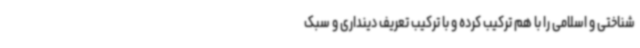
شناختی و اسلامی را با هم ترکیب کرده و با ترکیب تعریف دینداری و سبک